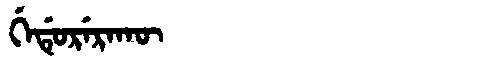
Manchu: ᡤᡝᡩᡠᡵᡝᡵᠠᡴᡡ
Romanization: GEDURERAKŪ